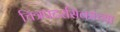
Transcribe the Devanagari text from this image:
चित्रपटरसिकांच्या